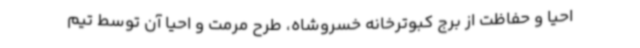
احیا و حفاظت از برج کبوترخانه خسروشاه، طرح مرمت و احیا آن توسط تیم